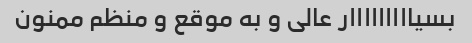
بسیااااااااار عالی و به موقع و منظم ممنون